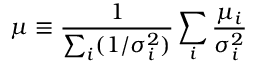
\mu \equiv \frac { 1 } { \sum _ { i } ( 1 / \sigma _ { i } ^ { 2 } ) } \sum _ { i } \frac { \mu _ { i } } { \sigma _ { i } ^ { 2 } }